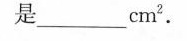
是___cm^2.